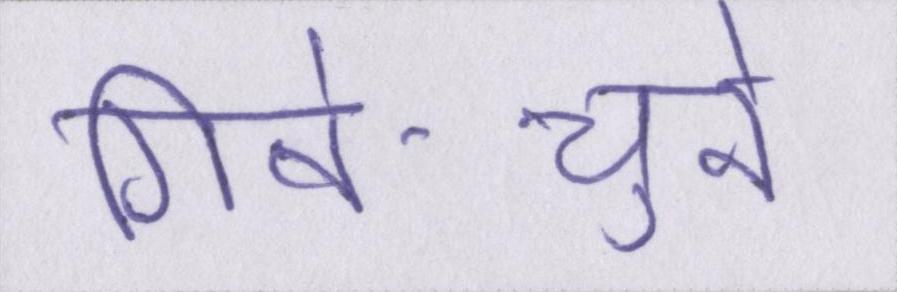
गिने-चुने